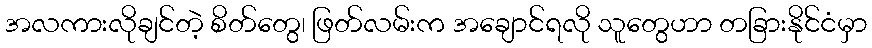
အလကားလိုချင်တဲ့ စိတ်တွေ၊ ဖြတ်လမ်းက အချောင်ရလို သူတွေဟာ တခြားနိုင်ငံမှာ